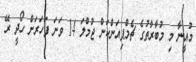
މުއީނާ މި މުބާރާތުގެ ޗެމްޕިއަންކަން ޖުމްލަ 14 ވަނަ ފަހަރަށް ހޯދީ ރޭ